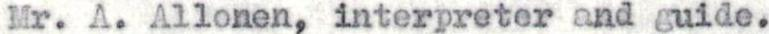
Mr. A. Allonen, interpreter and guide.